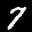
Label: 7